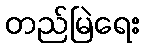
တည်မြဲရေး